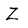
Character: Z